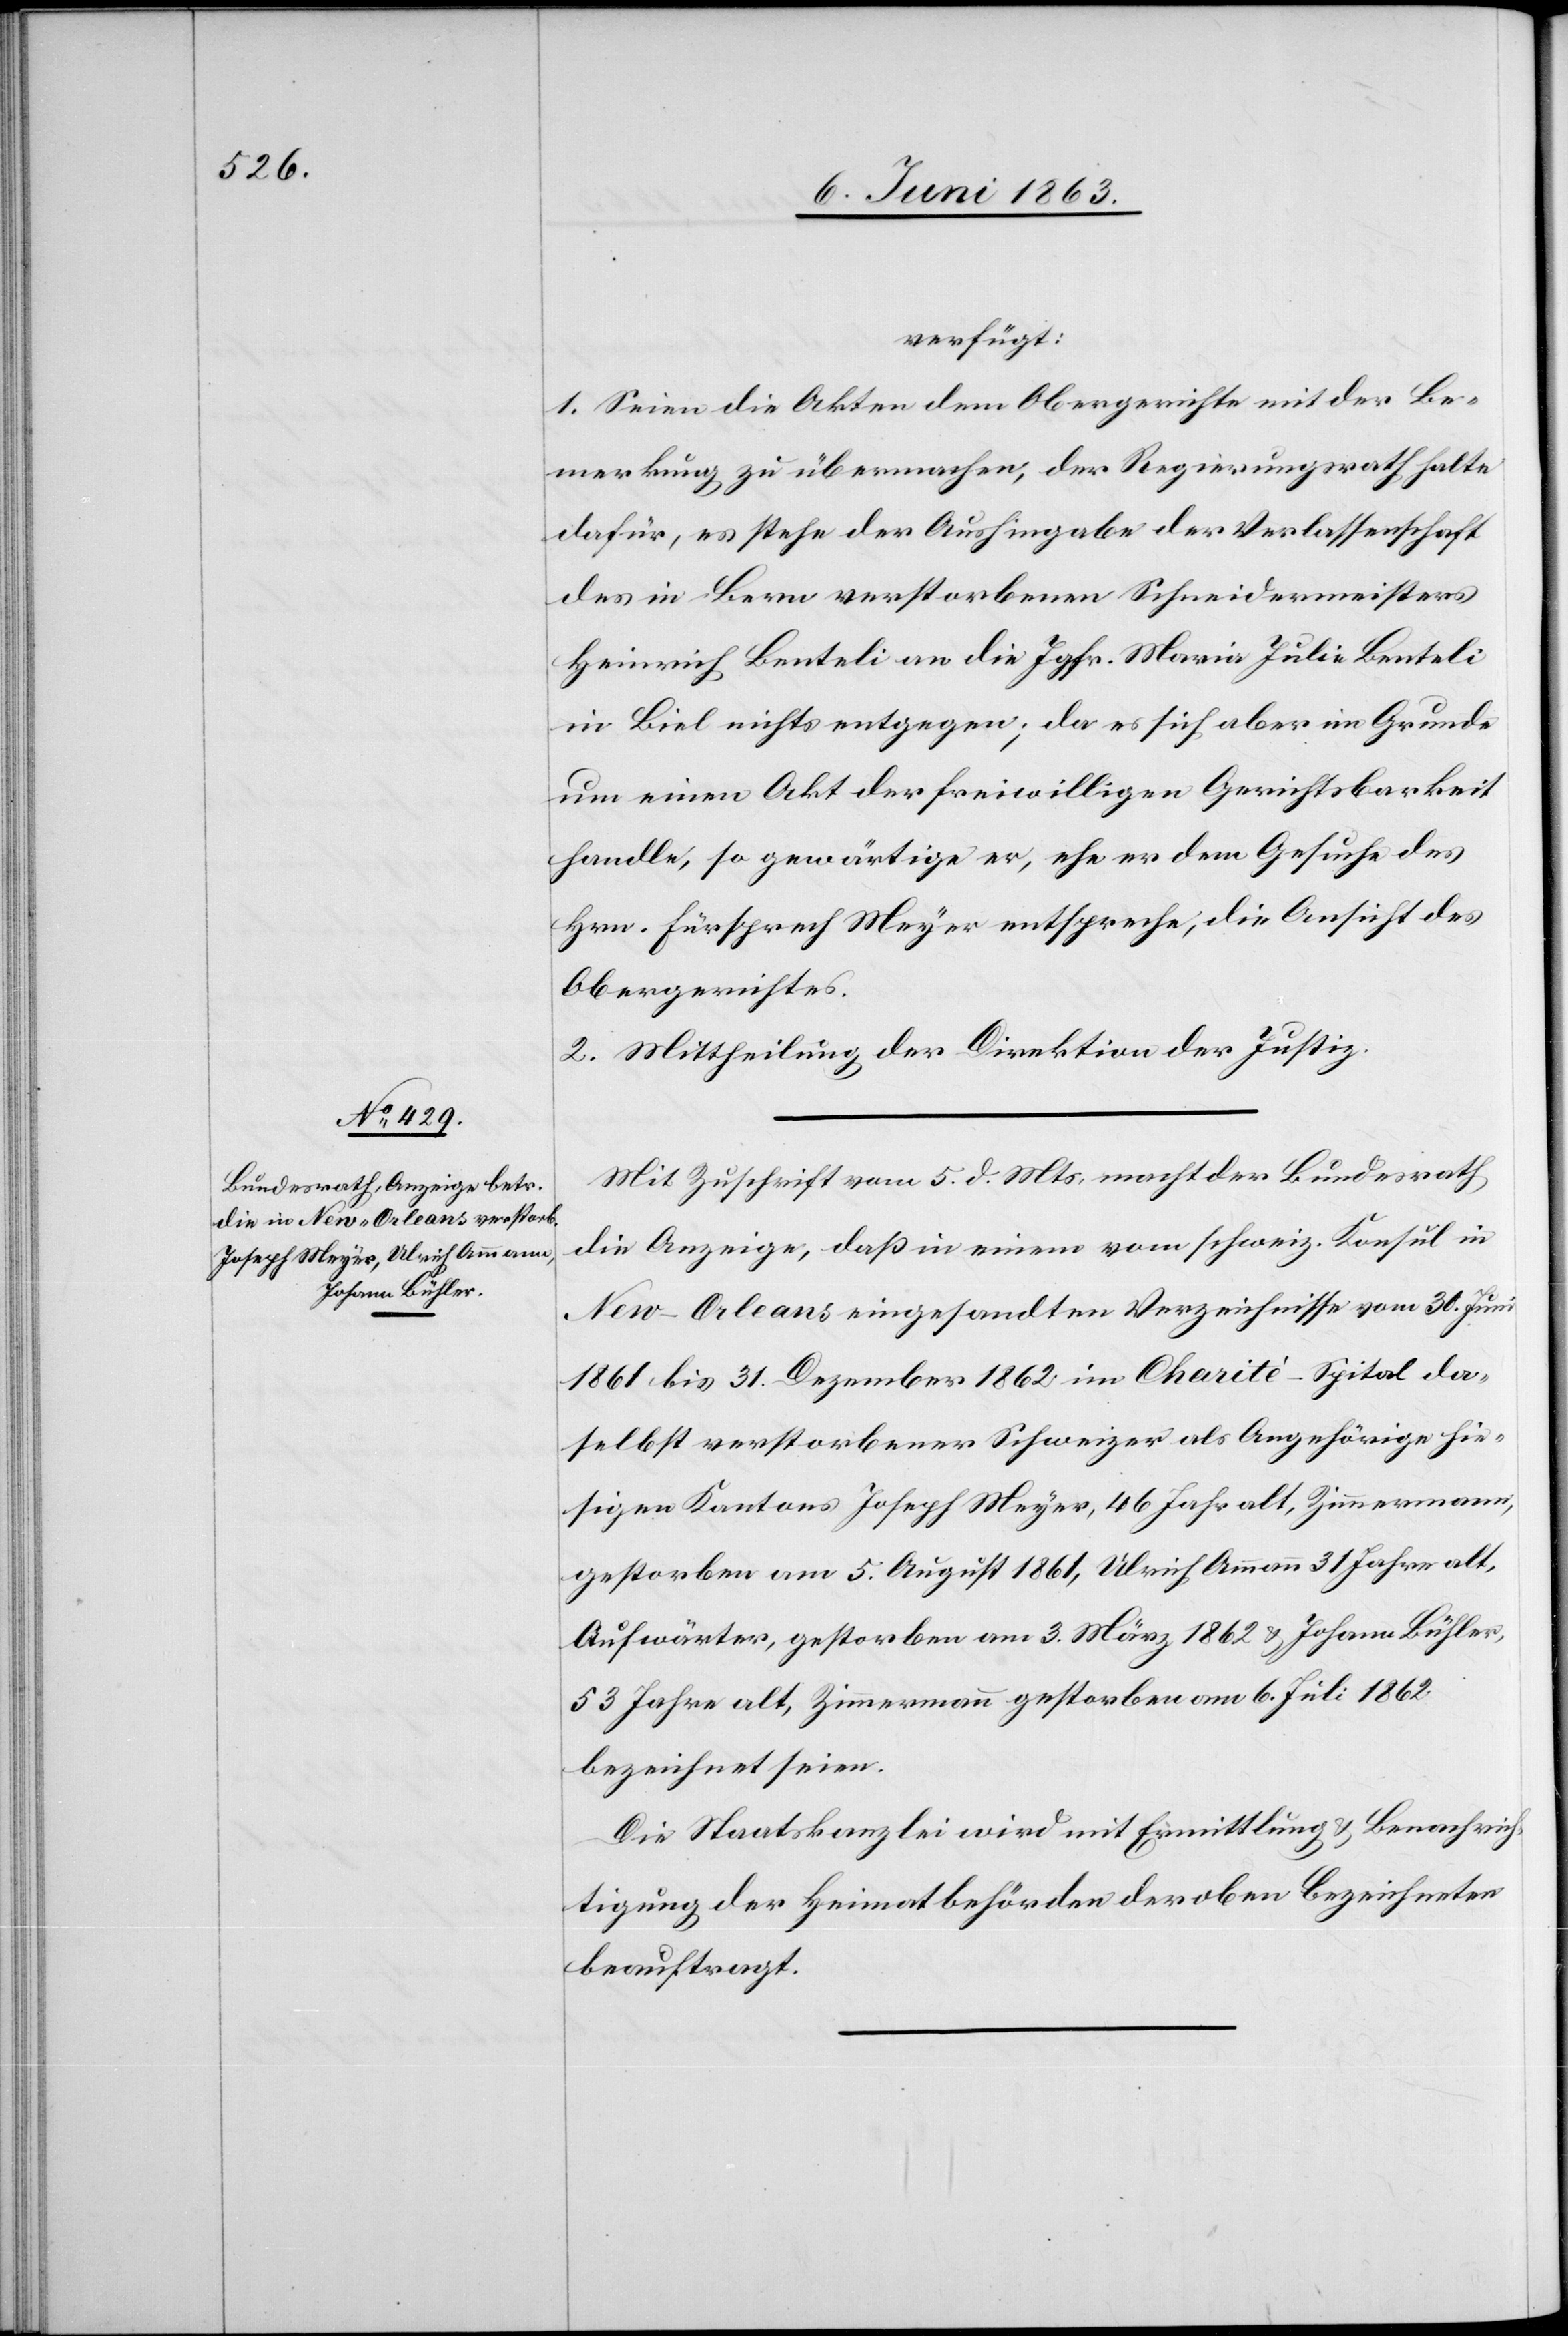
8. Juni 1863.]
verfügt:
1. Seien die Akten dem Obergerichte mit der Be¬
merkung zu übermachen, der Regierungsrath halte
dafür, es stehe der Aushingabe der Verlassenschaft
des in Bern verstorbenen Schneidermeisters
Heinrich Benteli an die Jgfr. Maria Julie Benteli
in Biel nichts entgegen; da es sich aber im Grunde
um einen Akt der freiwilligen Gerichtsbarkeit
handle, so gewärtige er, ehe er dem Gesuche des
Hrn. Fürsprech Meyer entspreche, die Ansicht des
Obergerichtes.
2. Mittheilung der Direktion der Justiz.
Mit Zuschrift vom 5. d. Mts. macht der Bundesrath
die Anzeige, daß in einem vom schweiz. Konsul in
New-Orleans eingesandten Verzeichnisse vom 30. Juni
1861 bis 31. Dezember 1862 im Chartié-Spital da¬
selbst verstorbener Schweizer als Angehörige hie¬
sigen Kantons Joseph Meyer, 46 Jahr alt, Zimmermann,
gestorben am 5. August 1861, Ulrich Ammann 31 Jahre alt,
Aufwärter, gestorben am 3. März 1862 & Johann Bühler,
53 Jahre alt, Zimmermann gestorben am 6. Juli 1862
bezeichnet seien.
Die Staatskanzlei wird mit Ermittlung & Benachrich¬
tigung der Heimatbehörden der oben Bezeichneten
beauftragt.